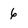
Character: 6